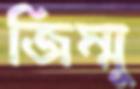
জিম্মু